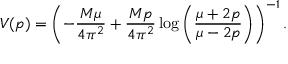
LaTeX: V ( p ) = \left( - \frac { M \mu } { 4 \pi ^ { 2 } } + \frac { M p } { 4 \pi ^ { 2 } } \log \left( \frac { \mu + 2 p } { \mu - 2 p } \right) \right) ^ { - 1 } .